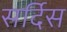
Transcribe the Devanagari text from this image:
सर्दिस